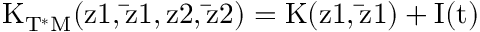
\mathrm { K _ { T ^ { * } M } ( z 1 , \bar { z } 1 , z 2 , \bar { z } 2 ) = K ( z 1 , \bar { z } 1 ) + { \cal { I } } ( t ) }